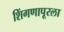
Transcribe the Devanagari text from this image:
शिंगणापूरला